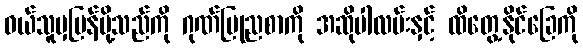
ဝယ်သူမှပြန်ပို့သည်ကို ဂုဏ်ပြုညစာကို အဆိုပါလမ်းနှင့် ထိတွေ့နိုင်ခြေကို